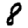
Digit: 8